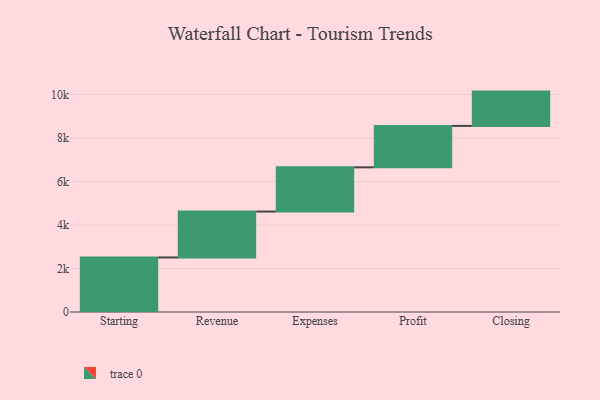
{"axis": {"x": "Step", "y": "Value"}, "legend": [""], "data": [{"x": "Starting", "y": 2508.0, "type": ""}, {"x": "Revenue", "y": 2111.0, "type": ""}, {"x": "Expenses", "y": 2034.0, "type": ""}, {"x": "Profit", "y": 1905.0, "type": ""}, {"x": "Closing", "y": 1578.0, "type": ""}]}